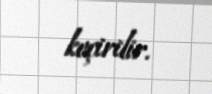
keçirilir.